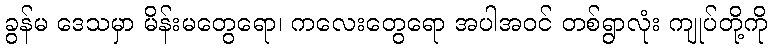
ခွန်မ ဒေသမှာ မိန်းမတွေရော၊ ကလေးတွေရော အပါအဝင် တစ်ရွာလုံး ကျုပ်တို့ကို